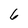
Character: 6